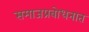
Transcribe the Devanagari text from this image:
समाजप्रबोधनात